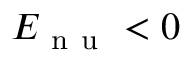
E _ { \mathrm { ~ n ~ u ~ } } < 0